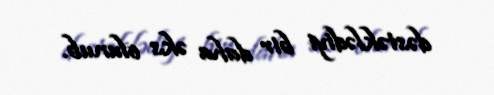
dəstəklədiyi bir daha əks olunub.